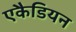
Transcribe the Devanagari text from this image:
एकैडियन